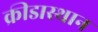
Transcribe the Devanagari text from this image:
क्रीडास्थान